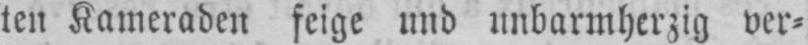
ten Kameraden feige und unbarmherzig ver⸗